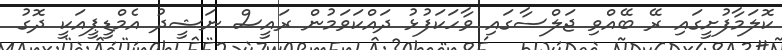
ކޮލަމާފުށީގައި ރޭ ބޭއްވި ޖަލްސާގައި ވާހަކަފުޅު ދައްކަވަމުން ރައީސް ނަޝީދު އެމްޑީޕީއަކީ ދޮގު